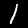
Digit: 1